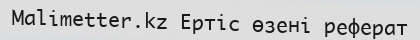
Malimetter.kz Ертіс өзені реферат